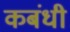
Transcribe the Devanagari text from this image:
कबंधी